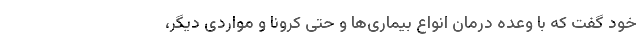
خود گفت که با وعده درمان انواع بیماری‌ها و حتی کرونا و مواردی دیگر،